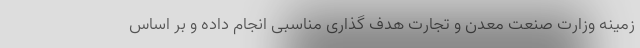
زمینه وزارت صنعت معدن و تجارت هدف گذاری مناسبی انجام داده و بر اساس